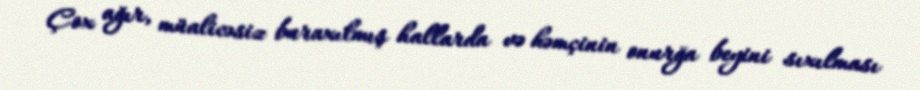
Çox ağır, müalicəsiz buraxılmış hallarda və həmçinin onurğa beyini sıxılması